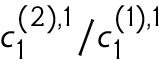
c _ { 1 } ^ { ( 2 ) , 1 } / c _ { 1 } ^ { ( 1 ) , 1 }